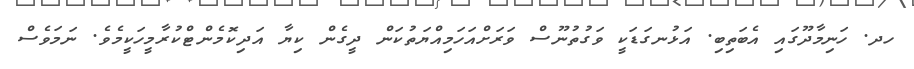
ހދ. ހަނިމާދޫގައި އެބަތިބި. އަޅުނގަޑަކީ ވަގުތުނޫސް ވަރަށްއަހަމިއްޔަތުކަން ދީގެން ކިޔާ އަދިކޮމެންޓްކުރާމީހަކީމެވެ. ނަމަވެސް